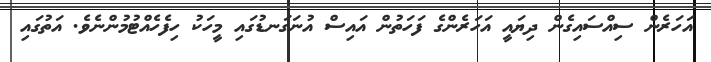
އަހަރެން ސިއްސައިގެން ދިޔައީ އަހަރެންގެ ފަހަތުން އައިސް އުނަގަނޑުގައި މީހަކު ހިފެހެއްޓުމުންނެވެ. އަތުގައި